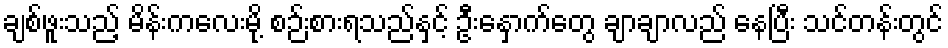
ချစ်ဖူးသည့် မိန်းကလေးမို့ စဉ်းစားရသည်နှင့် ဦးနှောက်တွေ ချာချာလည် နေပြီး သင်တန်းတွင်